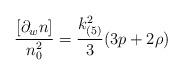
LaTeX: \begin{align*}\frac{[\partial_wn]}{n_0^2}=\frac{k^2_{(5)}}{3}(3p+2\rho)\end{align*}